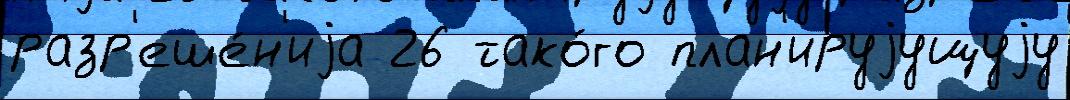
разр'еше́н'иjа 26 тако́го план'ируjущуjу